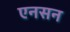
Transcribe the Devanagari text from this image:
एनसन